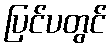
ပြင်ပတွင်